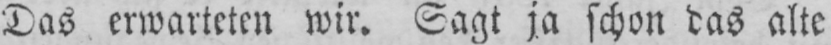
Das erwarteten wir. Sagt ja schon das alte